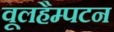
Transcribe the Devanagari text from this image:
वूलहैम्पटन